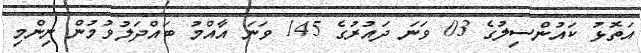
އަތޮޅު ކައުންސިލުގެ 03 ވަނަ ދައުރުގެ 145 ވަނަ އާއްމު ބައްދަލުވުމުން ނިންމި